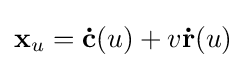
\mathbf {x} _{u}=\mathbf {\dot {c}} (u)+v\mathbf {\dot {r}} (u)